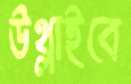
উথ্‌লাইবে